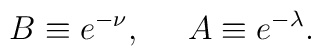
B\equiv e^{-\nu}, \hspace{1.4em} A\equiv e^{-\lambda}.